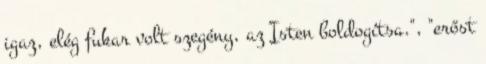
igaz, elég fukar volt szegény, az Isten boldogítsa.", "erőst